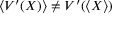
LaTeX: \left\langle V ^ { \prime } ( X ) \right\rangle \neq V ^ { \prime } ( \left\langle X \right\rangle )